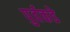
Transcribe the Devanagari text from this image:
पुर्वकडे